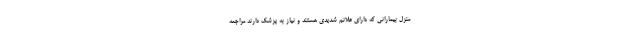
منزل بیمارانی که دارای علائم شدیدی هستند و نیاز به پزشک دارند مراجعه